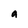
Character: a